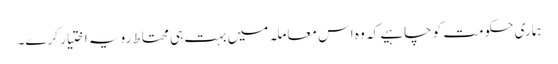
ہماری حکومت کو چاہیے کہ وہ اس معاملہ میں بہت ہی محتاط رویہ اختیار کرے۔